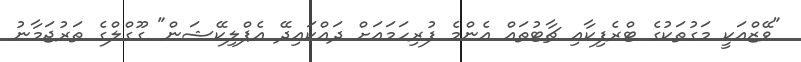
"ވޭޒްއަކީ މަގުތަކުގެ ޓްރެފިކާއި ޗާޓުތައް އެންމެ ފުރިހަމައަށް ދައްކައިދޭ އެޕްލިކޭޝަން" ގޫގްލްގެ ތަރުޖަމާނު